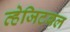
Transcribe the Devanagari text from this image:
व्हेजिटबल